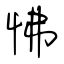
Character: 怫